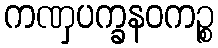
ကဏှပက္ခနဝကဉ္စ